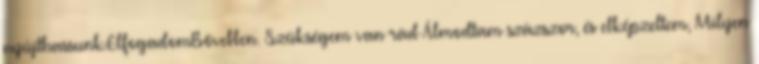
nyújthassunk.ElfogadomBővebben. Szükségem van rád Álmodtam százszor, és elképzeltem, Milyen